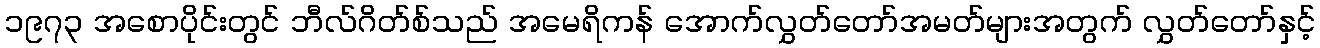
၁၉၇၃ အစောပိုင်းတွင် ဘီလ်ဂိတ်စ်သည် အမေရိကန် အောက်လွှတ်တော်အမတ်များအတွက် လွှတ်တော်နှင့်